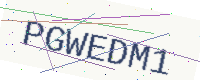
Text: PGWEDM1